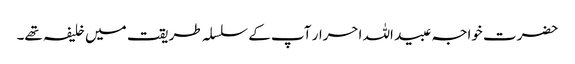
حضرت خواجہ عبید اللہ احرار آپ کے سلسلہ طریقت میں خلیفہ تھے۔